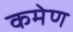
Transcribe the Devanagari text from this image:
कमेण